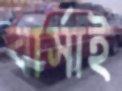
বার্সাই